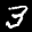
Label: 3